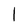
Character: 1